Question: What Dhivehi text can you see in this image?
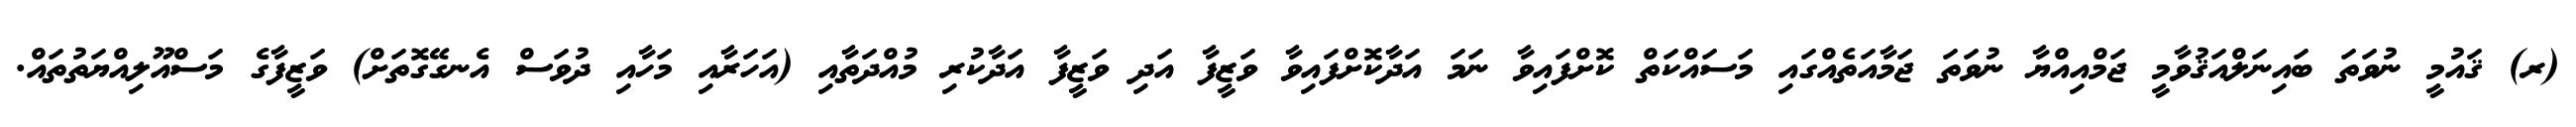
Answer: (ރ) ޤައުމީ ނުވަތަ ބައިނަލްއަޤުވާމީ ޖަމްއިއްޔާ ނުވަތަ ޖަމާއަތެއްގައި މަސައްކަތް ކޮށްފައިވާ ނަމަ އަދާކޮށްފައިވާ ވަޒީފާ އަދި ވަޒީފާ އަދާކުރި މުއްދަތާއި (އަހަރާއި މަހާއި ދުވަސް އެނގޭގޮތަށް) ވަޒީފާގެ މަސްއޫލިއްޔަތުތައް.